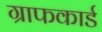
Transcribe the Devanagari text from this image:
ग्राफकार्ड